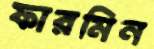
ফারমিন